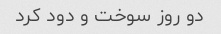
دو روز سوخت و دود کرد